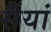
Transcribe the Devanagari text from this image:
सैंयां